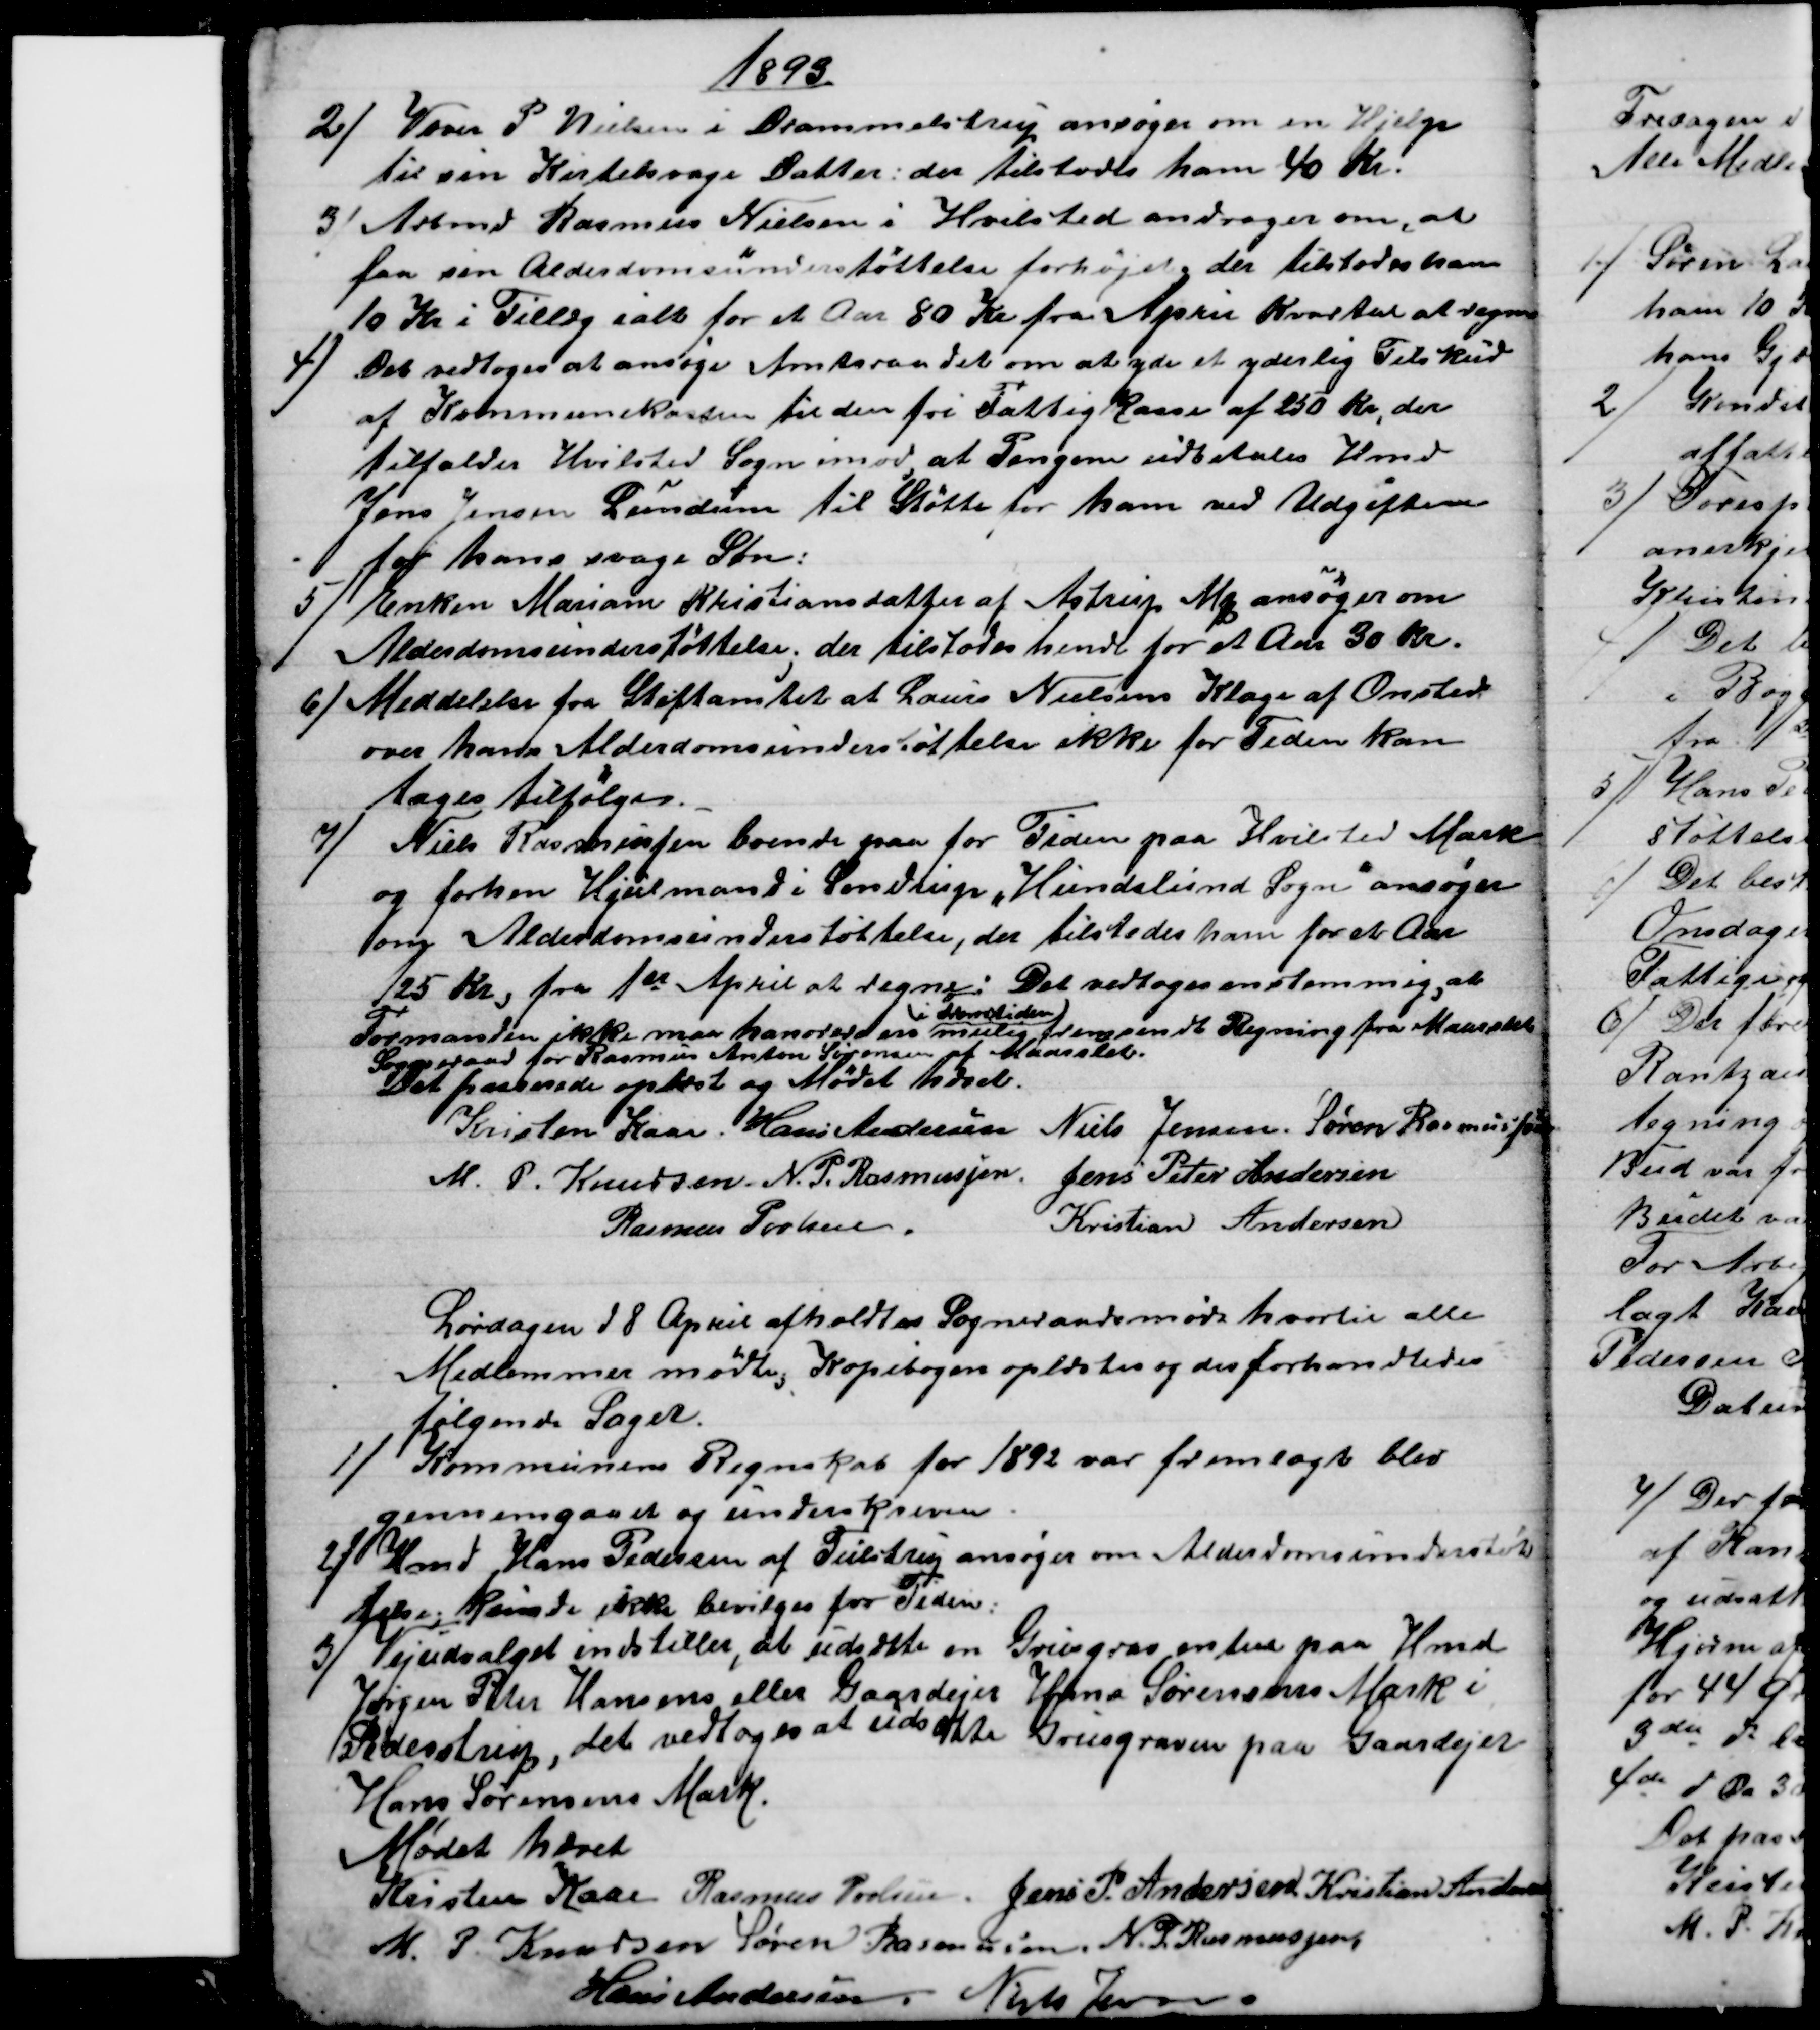
Transskription:
1893
2) 
Væver P. Nielsen i Drammelstrup ansøger om en Hjelp
til sin Kirtelsvage Datter: der tilstodes ham 40 Kr.
3) 
 Arbmd Rasmus Nielsen i Hvilsted andrager om, at
faa sin Alderdomsunderstøttelse forhøjet; der tilstodes ham
10 Kr i Tillæg ialt for et Aar 80 Kr fra April Kvartal at regne
4)
Det vedtoges at ansøge Amtsraadet om at yde et yderlig Tilskud
af Kommunekassen til den fri Fattigkasse af 250 Kr, der
tilfalder Hvilsted Sogn imod, at Pengene udbetales Hmd
Jens Jensen Lundum til Støtte for ham ved Udgiften
for hans svage Søn;
5) 
Enken Mariane Kristiansdatter af Astrup Mq ansøger om
Alderdomsunderstøttelse; der tilstodes hende for et Aar 30 Kr.
6)
Meddelelse fra Stiftamtet at Laurs Nielsens Klage af Onsted
over hans Alderdomsunderstøttelse ikke for Tiden kan
tages tilfølge.
7) 
Niels Rasmussen boende paa for Tiden paa Hvilsted Mark
og forhen Hjulmand i Sondrup "Hundslund Sogn" ansøger
om Alderdomsunderstøttelse, der tilstodes ham for et Aar
125 Kr. fra 1ste April at regne. Det vedtoges enstemmig at
Formanden ikke maa honorere en 
i Fremtiden
mulig fremsendt Regning fra Maarslet
Sogneraad for Rasmus Anton Sørensen af Maarslet.
Det passerede oplæst og Mødet hævet.
Kristen Kaae. Hans Andersen Niels Jensen. Søren Rasmussen
M. P. Knudsen. N. P. Rasmussen. Jens Peter Andersen
Rasmus Povlsen
Kristian Andersen
Lørdagen d 8 April afholdtes Sogneraadsmøde hvortil alle
Medlemmer mødte. Kopibogen oplæstes og der forhandledes
følgende Sager.
1) 
Kommunens Regnskab for 1892 var fremlagt blev
gennemgaaet og underskreven.
2)
Hmd Hans Pedersen af Tulstrup ansøger om Alderdomsunderstøt
telse; kunde ikke bevilges for Tiden.
3)
Vejudvalget indstiller, at udsætte en Grusgrav enten paa Hmd
Jørgen Peter Hansens eller Gaardejer Hans Sørensens Mark i
Pederstrup, det vedtoges at udsætte Grusgraven paa Gaardejer
Hans Sørensens Mark.
Mødet hævet
Kristen Kaae Rasmus Povlsen. Jens P. Andersen. Kristian Andersen
M. P Knudsen Søren Rasmussen N. P. Rasmussen
Hans Andersen. Niels Jensen.